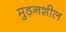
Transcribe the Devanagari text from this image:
मुड़नशील